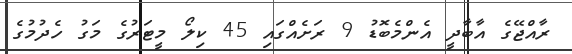
ރާއްޖޭގެ އާބާދީ އެންމެބޮޑު 9 ރަށެއްގައި 45 ކިލޯ މީޓަރުގެ މަގު ހެދުމުގެ